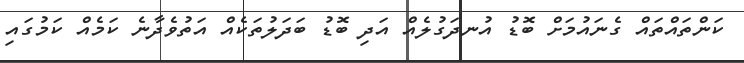
ކަންތައްތައް ގެނައުމަށް ބޮޑު އުނދަގުލެއް އަދި ބޮޑު ބަދަލުތަކެއް އަތުވެދާނެ ކަމެއް ކަމުގައި